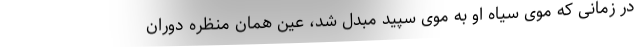
در زمانی که موی سیاه او به موی سپید مبدل شد، عین همان منظره دوران